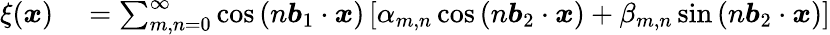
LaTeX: \begin{array}{rl}{\xi({\boldsymbol x})}&{{}=\sum_{m,n=0}^{\infty}\cos\left(n{\boldsymbol b_{1}}\cdot{\boldsymbol x}\right)\left[\alpha_{m,n}\cos\left(n{\boldsymbol b_{2}}\cdot{\boldsymbol x}\right)+\beta_{m,n}\sin\left(n{\boldsymbol b_{2}}\cdot{\boldsymbol x}\right)\right]}\end{array}